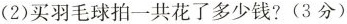
(2)买羽毛球拍一共花了多少钱?(3分)